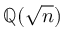
\mathbb { Q } ( { \sqrt { n } } )